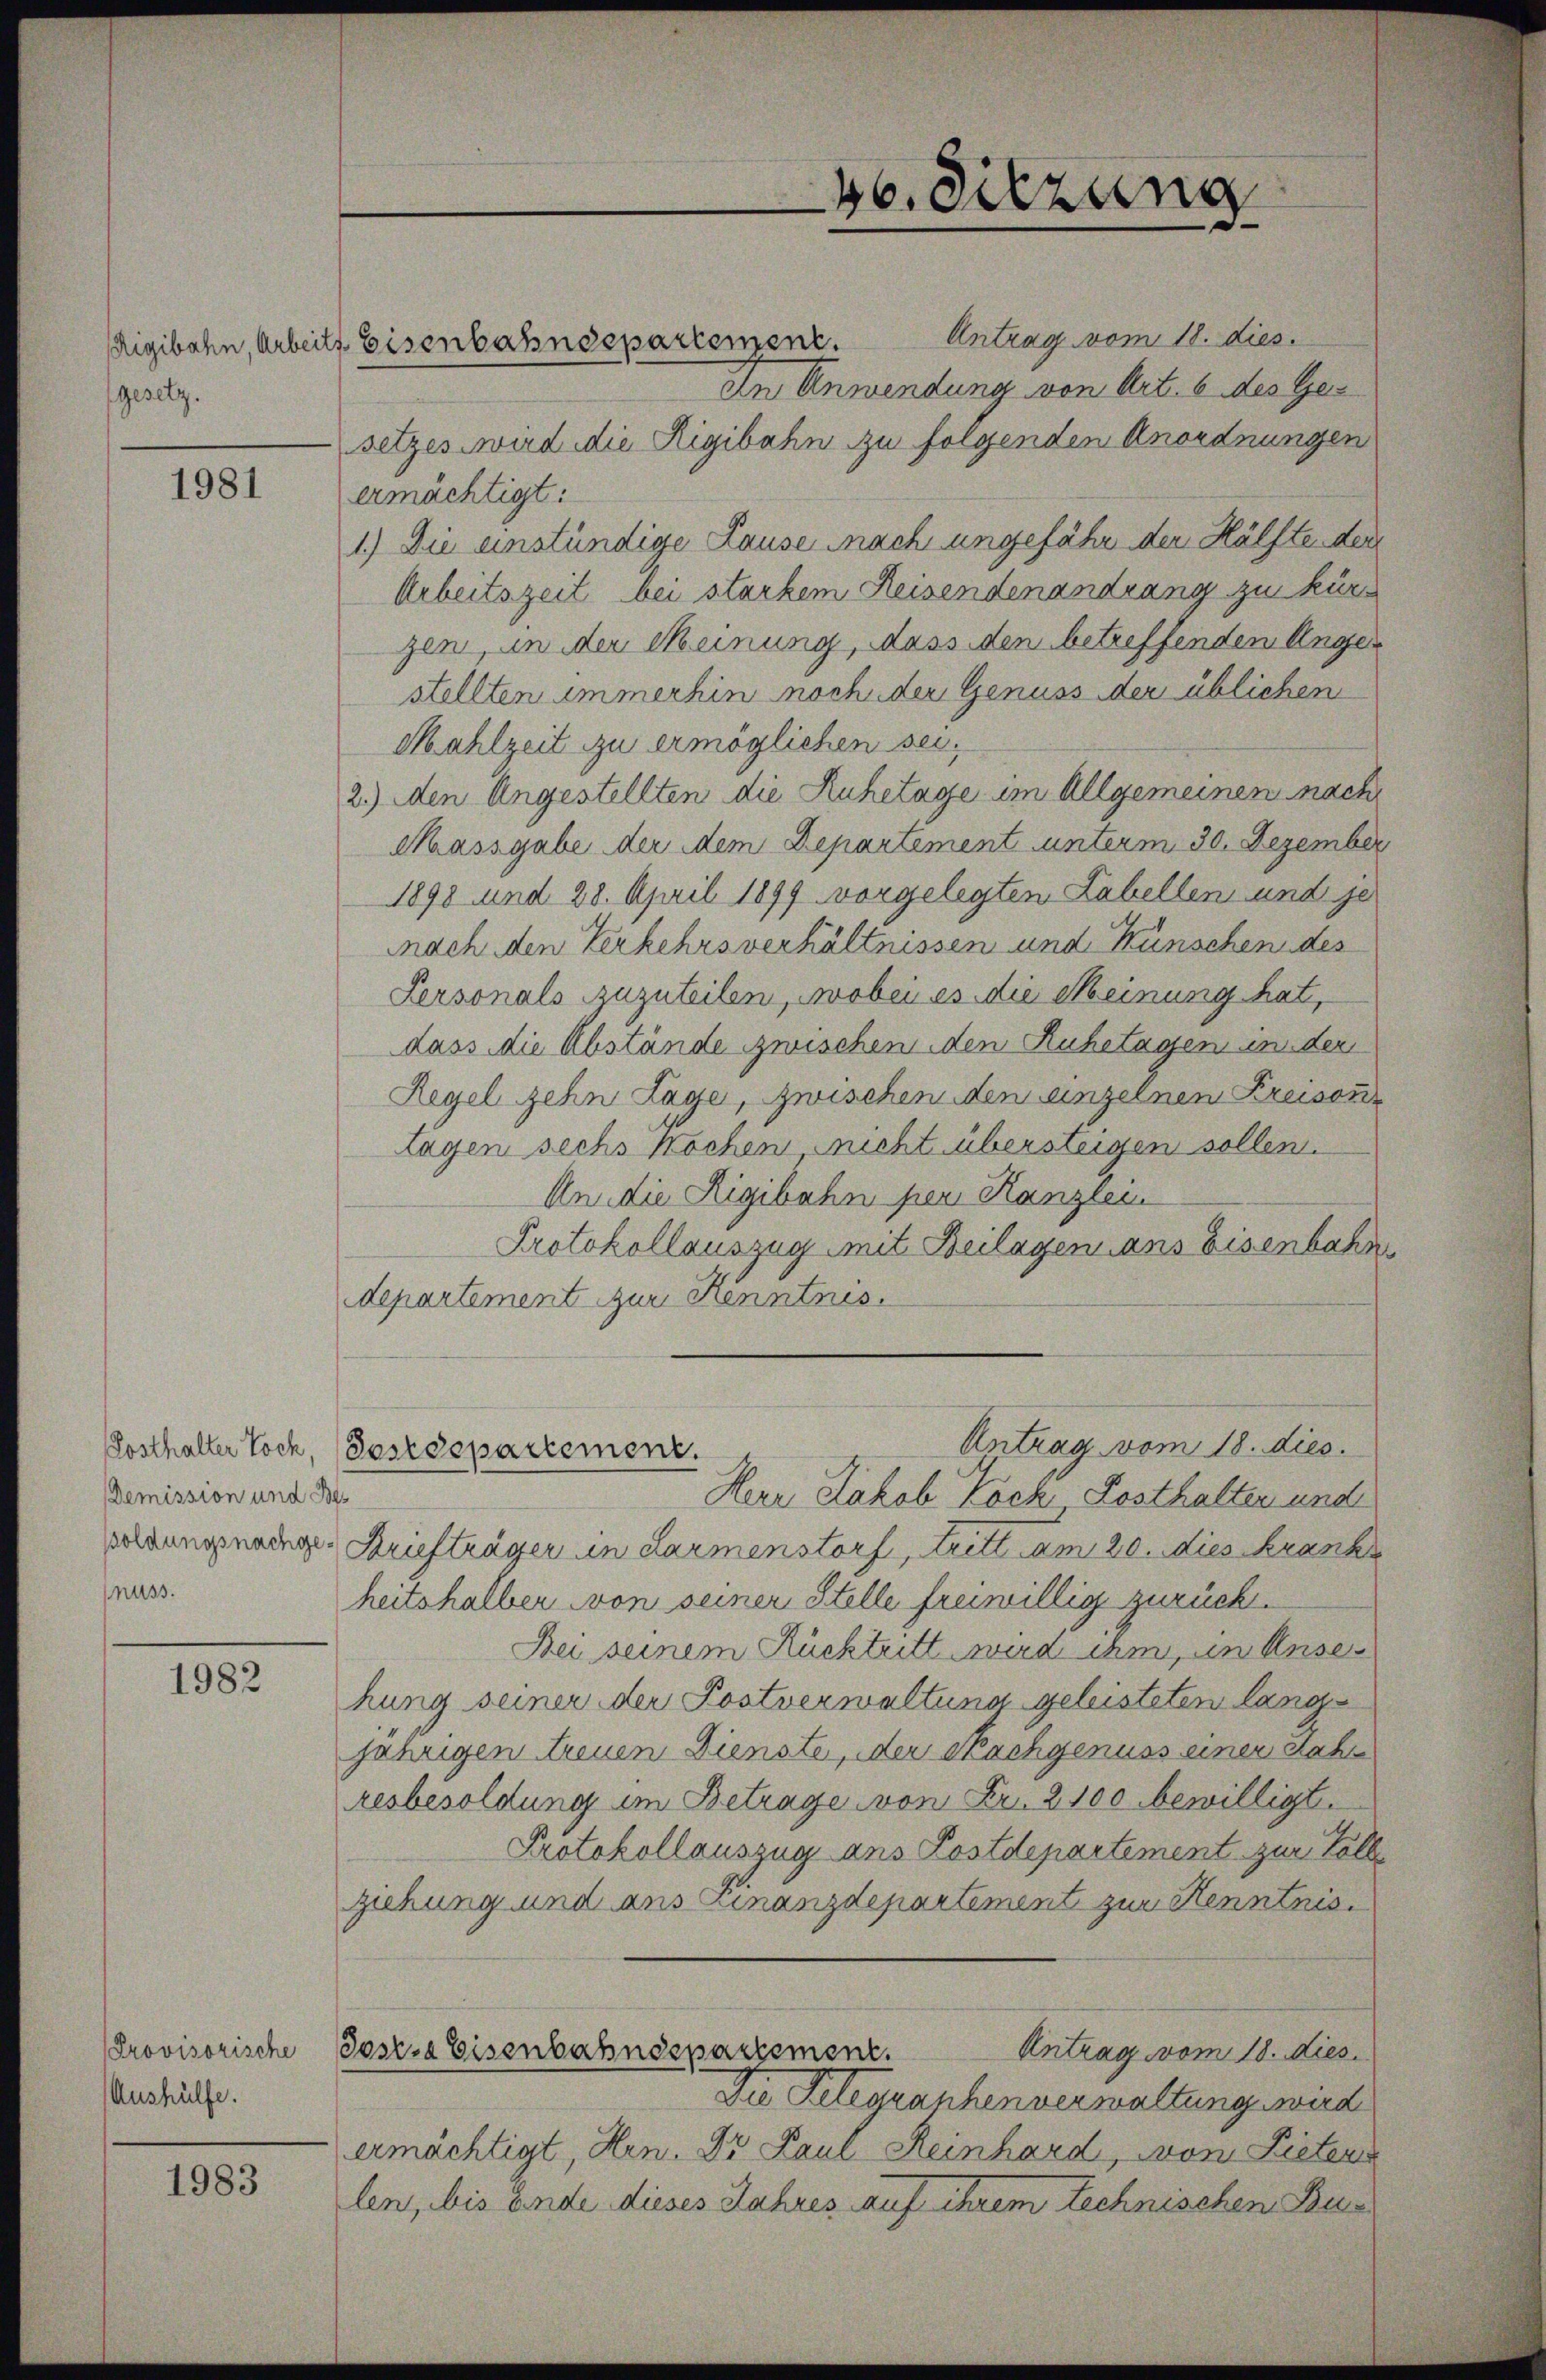
gesetz.

1981

Demission und Benuss.

1982

Provisorische
Aushülfe.

1983

Rigibahn, Arbeits Eisenbahndepartement.

46. Sitzung

Antrag vom 18. dies.
In Anwendung von Art. 6 des Gesetzes wird die Rigibahn zu folgenden Anordnungen
ermächtigt:
1.) Die einstündige Lausen nach ungefähr der Hälfte der
Arbeitszeit bei starkem Reisenden andrang zu kürzen in der Meinung, dass den betreffenden Angestellten immerhin noch der Genuss der üblichen
Mahlzeit zu ermöglichen sei.
2.) den Angestellten die Ruhetage im Allgemeinen nach
Massgabe der dem Departement unterm 30. Dezember
1898 und 28. April 1899 vorgelegten Labellen und je
nach den Verkehrsverhältnissen und Wünschen des
Personals zuzuteilen, wobei es die Meinung hat,
dass die Abstände zwischen den Ruhetagen in der
Regel zehn Lage, zwischen den einzelnen Kreisen
tagen sechs Wochen, nicht übersteigen sollen.
An die Rigibahn per Kanzlein
Protokollauszug mit Beilagen ans Eisenbahn
departement zur Kenntnis.
Antrag vom 18. dies.
Posthalter Toch, (Postdepartement.
Herr Jakob Bock Posthalten und
vevangeninge Briefträger in darmenstorf, tritt am 20. dies kranke
heitshalber von seiner Stelle freiwillig zurück.
Bei seinem Rücktritt wird ihm, in Ansehung seiner der Postverwaltung geleisteten langjährigen treuen Dienste, der Nachgenuss einer dahi
resbesoldung im Betrage von Fr. 2100 bewilligt.
Protokollauszug ans Postdepartement zur Tolle
ziehung und aus Finanzdepartement zur Henntnis.
Antrag vom 18. dies
Sostra Eisenbahndepartement.
Die Telegraphenverwaltung werd
ermächtigt, Hrn. Dr Paul Reinhard, von Lieteri
len, bis Ende dieses Jahres auf ihrem technischen Beis